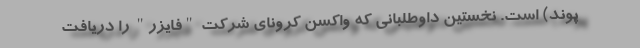
پوند) است. نخستین داوطلبانی که واکسن کرونای شرکت "فایزر" را دریافت